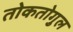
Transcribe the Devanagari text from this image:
तोकतोगुल